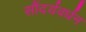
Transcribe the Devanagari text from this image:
सौंदर्यवर्धन